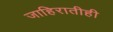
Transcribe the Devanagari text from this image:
जाहिरातीही